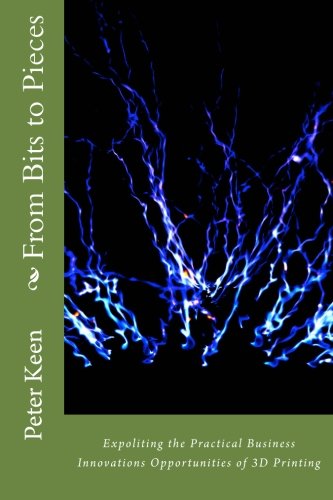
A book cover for From Bits to Pieces: Expoliting the Practical Business Innovations Opportunities of 3D Printing; Peter G Keen; Computers & Technology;